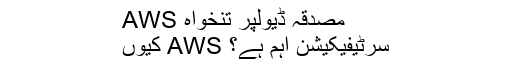
AWS مصدقہ ڈیولپر تنخواہ
کیوں AWS سرٹیفیکیشن اہم ہے؟